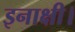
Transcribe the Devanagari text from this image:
इनाक्षी।